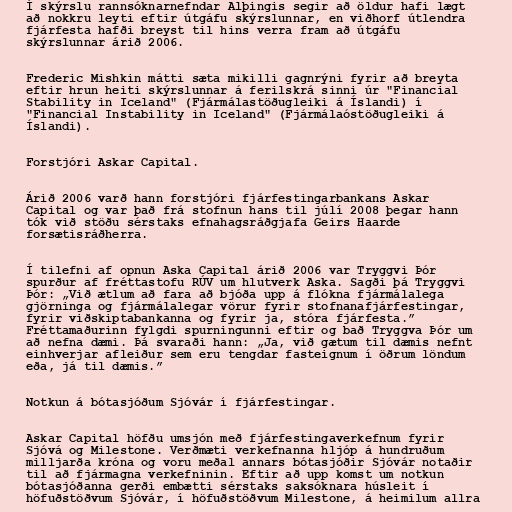
Í skýrslu rannsóknarnefndar Alþingis segir að öldur hafi lægt
að nokkru leyti eftir útgáfu skýrslunnar, en viðhorf útlendra
fjárfesta hafði breyst til hins verra fram að útgáfu
skýrslunnar árið 2006.

Frederic Mishkin mátti sæta mikilli gagnrýni fyrir að breyta
eftir hrun heiti skýrslunnar á ferilskrá sinni úr "Financial
Stability in Iceland" (Fjármálastöðugleiki á Íslandi) í
"Financial Instability in Iceland" (Fjármálaóstöðugleiki á
Íslandi).

Forstjóri Askar Capital.

Árið 2006 varð hann forstjóri fjárfestingarbankans Askar
Capital og var það frá stofnun hans til júlí 2008 þegar hann
tók við stöðu sérstaks efnahagsráðgjafa Geirs Haarde
forsætisráðherra.

Í tilefni af opnun Aska Capital árið 2006 var Tryggvi Þór
spurður af fréttastofu RÚV um hlutverk Aska. Sagði þá Tryggvi
Þór: „Við ætlum að fara að bjóða upp á flókna fjármálalega
gjörninga og fjármálalegar vörur fyrir stofnanafjárfestingar,
fyrir viðskiptabankanna og fyrir ja, stóra fjárfesta.”
Fréttamaðurinn fylgdi spurningunni eftir og bað Tryggva Þór um
að nefna dæmi. Þá svaraði hann: „Ja, við gætum til dæmis nefnt
einhverjar afleiður sem eru tengdar fasteignum í öðrum löndum
eða, já til dæmis.”

Notkun á bótasjóðum Sjóvár í fjárfestingar.

Askar Capital höfðu umsjón með fjárfestingaverkefnum fyrir
Sjóvá og Milestone. Verðmæti verkefnanna hljóp á hundruðum
milljarða króna og voru meðal annars bótasjóðir Sjóvár notaðir
til að fjármagna verkefninin. Eftir að upp komst um notkun
bótasjóðanna gerði embætti sérstaks saksóknara húsleit í
höfuðstöðvum Sjóvár, í höfuðstöðvum Milestone, á heimilum allra